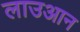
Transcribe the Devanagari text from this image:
लाउआन